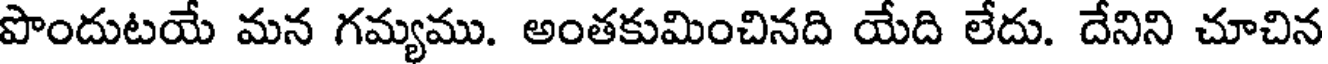
పొందుటయే మన గమ్యము. అంతకుమించినది యేది లేదు. దేనిని చూచిన